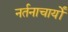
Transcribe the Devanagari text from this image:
नर्तनाचार्यों